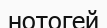
нотогей